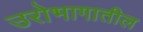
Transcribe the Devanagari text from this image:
उरोभागातील